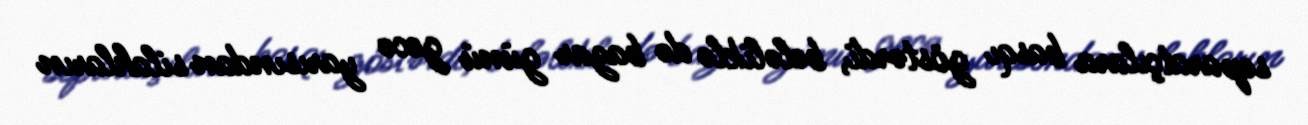
separatçılara basqı göstərdi, beləliklə də bazar günü gecə yarısından silahların